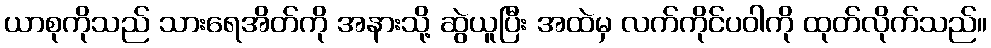
ယာစုကိုသည် သားရေအိတ်ကို အနားသို့ ဆွဲယူပြီး အထဲမှ လက်ကိုင်ပဝါကို ထုတ်လိုက်သည်။